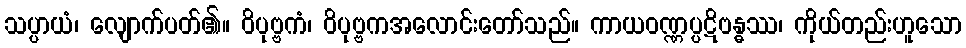
သပ္ပာယံ၊ လျောက်ပတ်၏။ ဝိပုဗ္ဗကံ၊ ဝိပုဗ္ဗကအလောင်းတော်သည်။ ကာယဝဏ္ဏပ္ပဋိဗန္ဓဿ၊ ကိုယ်တည်းဟူသော